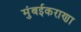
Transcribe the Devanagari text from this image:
मुंबईकराणा